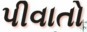
પીવાતો